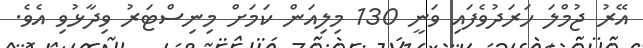
އޭރު ޖުމްލަ ހަރަދުވެފައި ވަނީ 130 މިލިއަން ކަމަށް މިނިސްޓަރު ވިދާޅުވި އެވެ.